Epidemic dropsy in Calcutta - Number 49
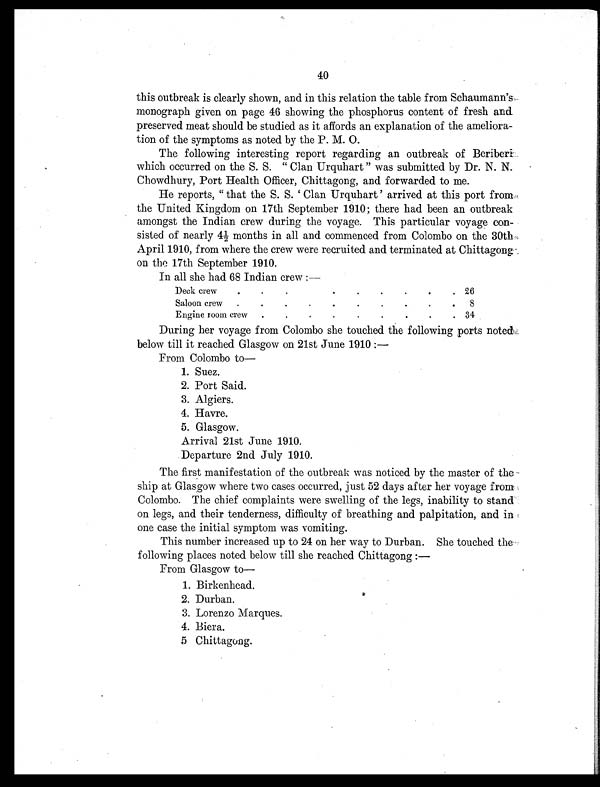
40
this outbreak is clearly shown, and in this relation the table from Schaumann's
monograph given on page 46 showing the phosphorus content of fresh and
preserved meat should be studied as it affords an explanation of the ameliora
-tion of the symptoms as noted by the P. M. O.
The following interesting report regarding an outbreak of Beriberi
which occurred on the S. S. "Clan Urquhart" was submitted by Dr. N. N.
Chowdhury, Port Health Officer, Chittagong, and forwarded to me.
He reports, "that the S. S. 'Clan Urquhart' arrived at this port from
the United Kingdom on 17th September 1910; there had been an outbreak
amongst the Indian crew during the voyage. This particular voyage con
-sisted of nearly 4½ months in all and commenced from Colombo on the 30th
April 1910, from where the crew were recruited and terminated at Chittagong.
on the 17th September 1910.
In all she had 68 Indian crew:—
Deck crew
.
.
.
.
.
.
.
.
. 26
Saloon crew..
•
.
.
•
.
.
.
8
Engine room crew
.
.
.
.
.
.
.
.
34
During her voyage from Colombo she touched the following ports noted
below till it reached Glasgow on 21st June 1910:—
From Colombo to
—
1. Suez.
2. Port Said.
3. Algiers.
4. Havre.
5. Glasgow.
Arrival 21st June 1910.
Departure 2nd July 1910.
The first manifestation of the outbreak was noticed by the master of the
ship at Glasgow where two cases occurred, just 52 days after her voyage from
Colombo. The chief complaints were swelling of the legs, inability to stand
on legs, and their tenderness, difficulty of breathing and palpitation, and in
one case the initial symptom was vomiting.
This number increased up to 24 on her way to Durban. She touched the
following places noted below till she reached Chittagong:—
From Glasgow t
o—
1. Birkenhead.
2. Durban.
3. Lorenzo Marques.
4. Biera.
5. Chittagong.